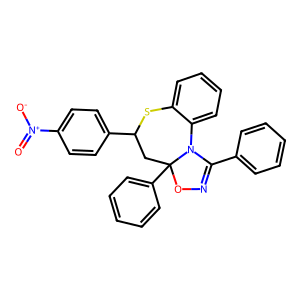
SMILES: O=[N+]([O-])c1ccc(C2CC3(c4ccccc4)ON=C(c4ccccc4)N3c3ccccc3S2)cc1
Inhibits HIV replication: No